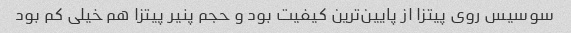
سوسیس روی پیتزا از پایین‌ترین کیفیت بود و حجم پنیر پیتزا هم خیلی کم بود